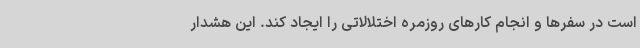
است در سفرها و انجام کارهای روزمره اختلالاتی را ایجاد کند. این هشدار